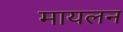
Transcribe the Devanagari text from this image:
मायलन